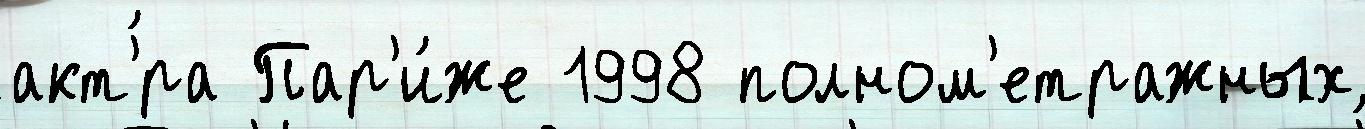
акт'́ра Пар'и́же 1998 полном'етражных